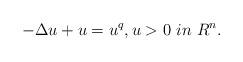
LaTeX: \begin{align*} -\Delta u+u=u^q, u>0~in~R^n.\end{align*}